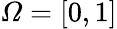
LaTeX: \varOmega=[0,1]